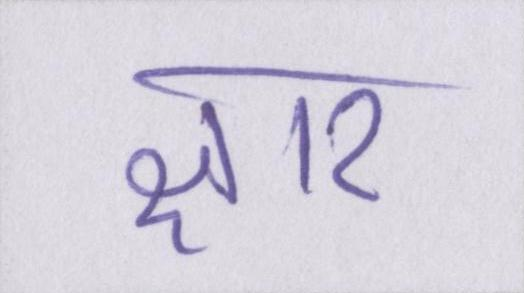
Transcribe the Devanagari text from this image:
क्षार